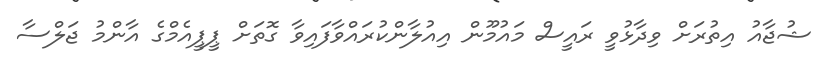
ޝުޖާއު އިތުރަށް ވިދާޅުވީ ރައީސް މައުމޫން އިއުލާންކުރައްވާފައިވާ ގޮތަށް ޕީޕީއެމްގެ އާންމު ޖަލްސާ